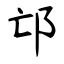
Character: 邙